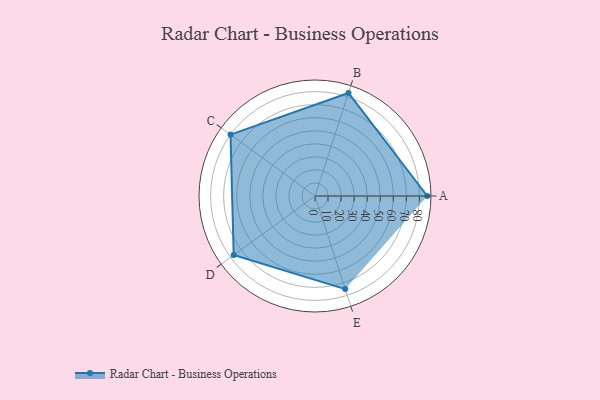
{"axis": {"x": "Skill", "y": "Score"}, "legend": ["Profile"], "data": [{"x": "A", "y": 86.0, "type": "Profile"}, {"x": "B", "y": 83.0, "type": "Profile"}, {"x": "C", "y": 80.0, "type": "Profile"}, {"x": "D", "y": 77.0, "type": "Profile"}, {"x": "E", "y": 75.0, "type": "Profile"}]}